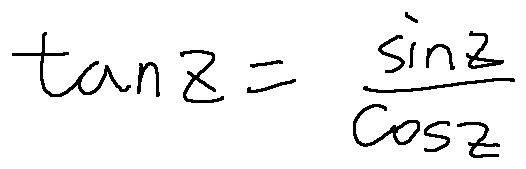
\tan z = \frac { \sin z } { \cos z }